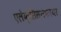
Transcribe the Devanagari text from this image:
एलेक्सिसनफायर